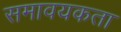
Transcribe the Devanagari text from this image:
समावयकता